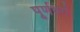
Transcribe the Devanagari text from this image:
पूर्णवर्ग